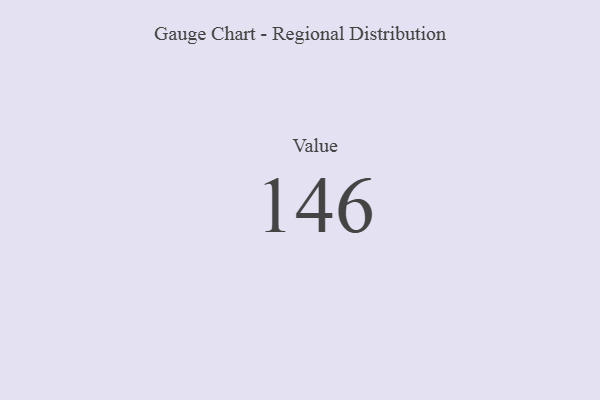
{"axis": {"x": "Metric", "y": "Value"}, "legend": [""], "data": [{"x": "Value", "y": 146, "type": ""}]}